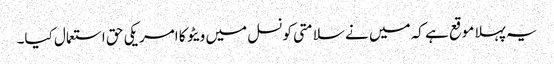
یہ پہلا موقع ہے کہ میں نے سلامتی کونسل میں ویٹو کا امریکی حق استعمال کیا۔